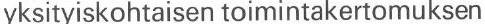
yksityiskohtaisen toimintakertomuksen